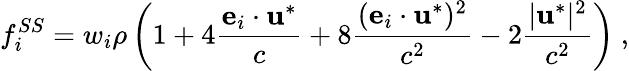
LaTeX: f_{i}^{SS}=w_{i}\rho\left(1+4\frac{{\mathbf e}_{i}\cdot\mathbf{u}^{*}}{c}+8\frac{({\mathbf e}_{i}\cdot\mathbf{u}^{*})^{2}}{c^{2}}-2\frac{|\mathbf{u}^{*}|^{2}}{c^{2}}\right)\ ,